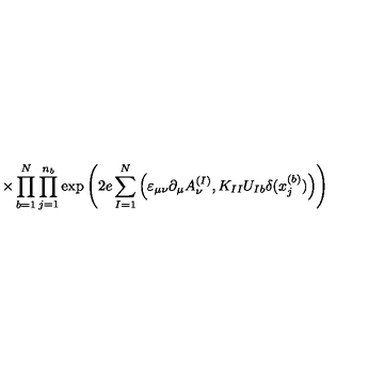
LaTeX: \times \prod _ { b = 1 } ^ { N } \prod _ { j = 1 } ^ { n _ { b } } \exp \left( 2 e \sum _ { I = 1 } ^ { N } \Big ( \varepsilon _ { \mu \nu } \partial _ { \mu } A _ { \nu } ^ { ( I ) } , K _ { I I } U _ { I b } \delta ( x _ { j } ^ { ( b ) } ) \Big ) \right)